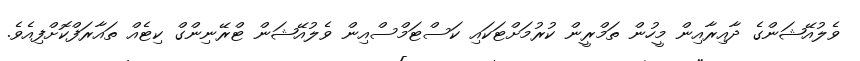
ވެލުއޭޝަންގެ ދާއިރާއިން މީހުން ތަމްރީން ކުރުމަށްޓަކައި ކަސްޓަމްސްއިން ވެލުއޭޝަން ޓްރޭނިންގް ކިޓެއް ތައާރަފްކޮށްފިއެވެ.